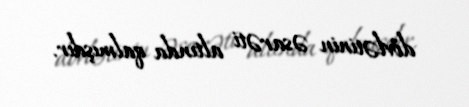
dövlətinin əsarəti altında qalmışdır.